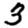
Digit: 3